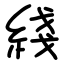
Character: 綫